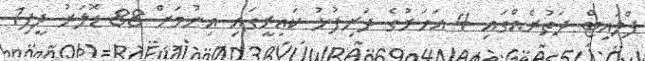
ފްލައިޓް ދަތުރެއްގައި 4 އަހަރުގެ ދަރިފުޅު ކައިރީގައި އިނުމަށް 88 ޑޮލަރު ދީފި1